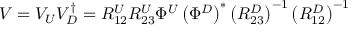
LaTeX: V = V _ { U } V _ { D } ^ { \dagger } = R _ { 1 2 } ^ { U } R _ { 2 3 } ^ { U } \Phi ^ { U } \left( \Phi ^ { D } \right) ^ { \ast } \left( R _ { 2 3 } ^ { D } \right) ^ { - 1 } \left( R _ { 1 2 } ^ { D } \right) ^ { - 1 }